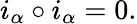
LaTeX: i_{\alpha}\circ i_{\alpha}=0.